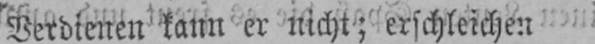
Verdienen kann er nicht; erschleichen